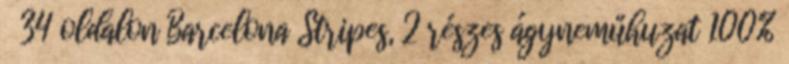
34 oldalon Barcelona Stripes, 2 részes ágyneműhuzat 100%